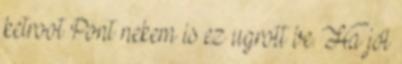
ketroot Pont nekem is ez ugrott be. Ha jól